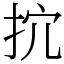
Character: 抭